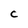
Character: C